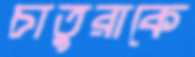
চাতুরাকে